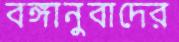
বঙ্গানুবাদের